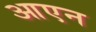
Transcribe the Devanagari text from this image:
आएन